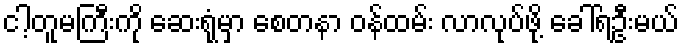
ငါ့တူမကြီးကို ဆေးရုံမှာ စေတနာ ဝန်ထမ်း လာလုပ်ဖို့ ခေါ်ရဦးမယ်